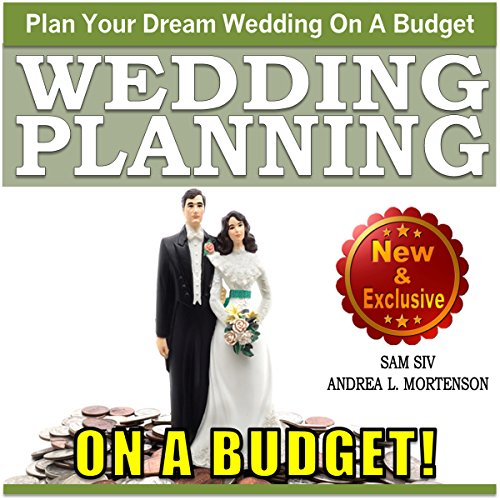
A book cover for Wedding Planning on a Budget: The Ultimate Wedding Planner and Wedding Organizer to Help Plan Your Dream Wedding on a Budget: Weddings by Sam Siv, Book 24; Sam Siv; Crafts, Hobbies & Home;